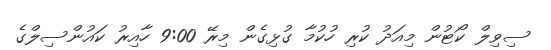
ސިވިލް ކޯޓުން މިއަދު ކުރި ހުކުމާ ގުޅިގެން މިރޭ 9:00 ހާއިރު ކައުންސިލްގެ